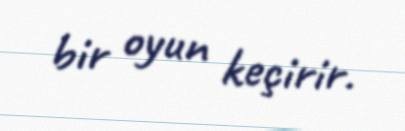
bir oyun keçirir.